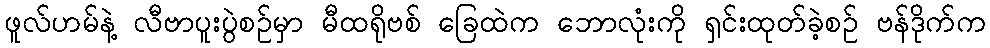
ဖူလ်ဟမ်နဲ့ လီဗာပူးပွဲစဉ်မှာ မီထရိုဗစ် ခြေထဲက ဘောလုံးကို ရှင်းထုတ်ခဲ့စဉ် ဗန်ဒိုက်က